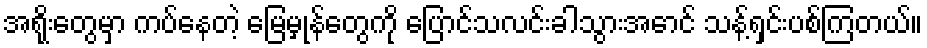
အရိုးတွေမှာ ကပ်နေတဲ့ မြေမှုန်တွေကို ပြောင်သလင်းခါသွားအောင် သန့်ရှင်းပစ်ကြတယ်။